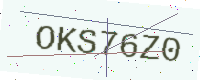
Text: OKS76Z0